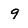
Character: 9